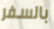
بالسفر